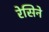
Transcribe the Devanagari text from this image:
रेसिने